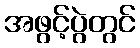
အဖွင့်ပွဲတွင်